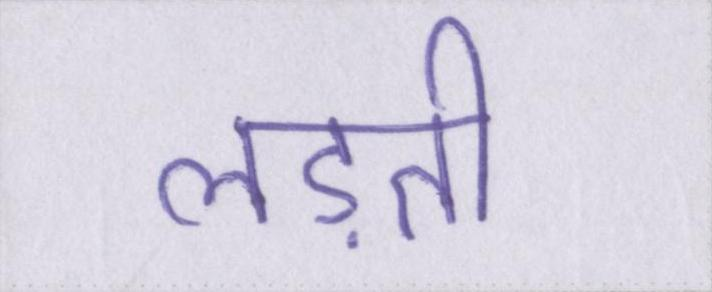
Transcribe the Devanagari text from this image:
लड़ती